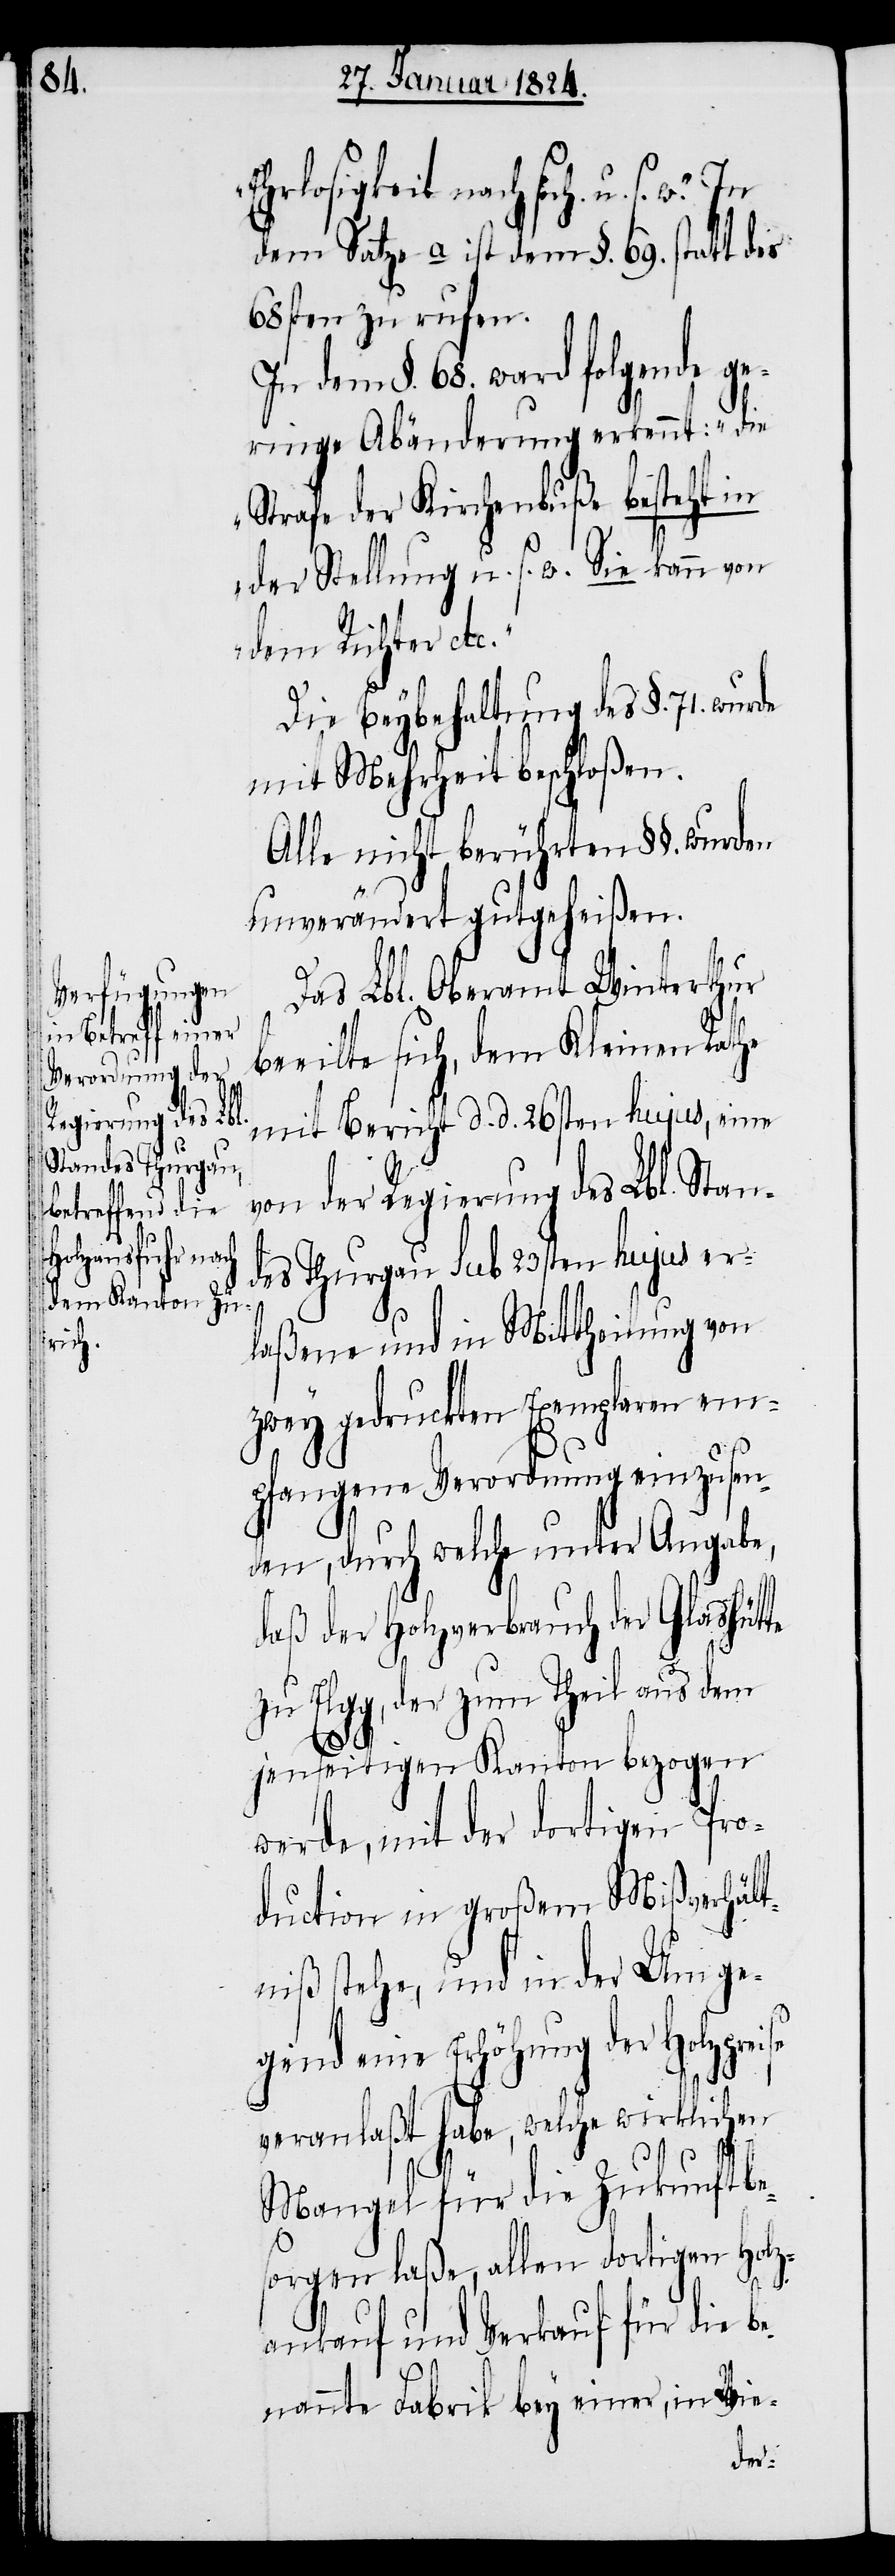
Ehrlosigkeit nach sich u. s. w.“
dem Satze a.) ist dem §. 69. statt bis
68sten zu rufen.
In dem §. 68. ward folgende ge¬
ringe Abänderung erkennt: „die
Strafe der Kirchenbuße besteht in
der Stellung u. s. w. Sie kann von
dem Richter etc.“
Die Beybehaltung des §. 71.
mit Mehrheit beschloßen.
Alle nicht berührten §§. wurden
unverändert gutgeheißen.
Das Lbl. Oberamt Winterthur
beeilte sich, dem Kleinen Rathe
mit Bericht d. d. 26sten hujus, eine
von der Regierung des Lbl. Stan¬
des Thurgau sub 23sten hujus er¬
laßene und in Mittheilung von
zwey gedruckten Exemplaren em¬
pfangene Verordnung einzusen¬
den, durch welche unter Angabe,
daß der Holzverbrauch der Glashütte
zu Elgg, der zum Theil aus dem
jenseitigen Kanton bezogen
werde, mit der dortigen Pro¬
duction in großem Mißverhält¬
niß stehe, und in der Umge¬
gend eine Erhöhung
veranlaßt habe, welche wirklichen
Mangel für die Zukunft be¬
sorgen laße, allen dortigen Holz¬
ankauf und Verkauf für die be¬
nannte Fabrik bey einer, in Wie-
der